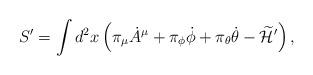
LaTeX: \begin{align*}S' = \int d^2x \left( \pi_\mu {\dot A}^\mu +\pi_{\phi} {\dot \phi} + \pi_\theta {\dot \theta} - \widetilde {\cal H}' \right),\end{align*}